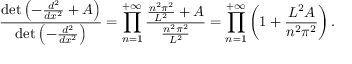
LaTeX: { \frac { \operatorname* { d e t } \left( - { \frac { d ^ { 2 } } { d x ^ { 2 } } } + A \right) } { \operatorname* { d e t } \left( - { \frac { d ^ { 2 } } { d x ^ { 2 } } } \right) } } = \prod _ { n = 1 } ^ { + \infty } { \frac { { \frac { n ^ { 2 } \pi ^ { 2 } } { L ^ { 2 } } } + A } { \frac { n ^ { 2 } \pi ^ { 2 } } { L ^ { 2 } } } } = \prod _ { n = 1 } ^ { + \infty } \left( 1 + { \frac { L ^ { 2 } A } { n ^ { 2 } \pi ^ { 2 } } } \right) .